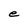
Character: e